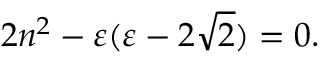
2 n ^ { 2 } - \varepsilon ( \varepsilon - 2 \sqrt { 2 } ) = 0 .